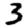
Digit: 3